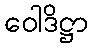
ဝေါဒိဋ္ဌာ